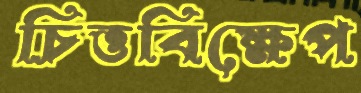
চিত্তবিক্ষেপ